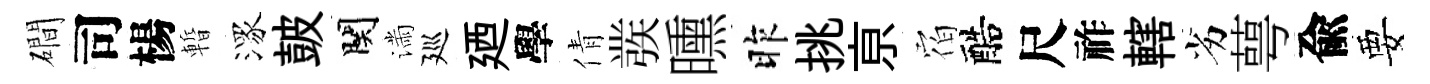
磵司楊暫潈皷関滿廵廼學倩彂曛昨挑亰𪧐醅尺祚轄劣萼兪要